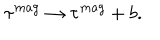
\tau ^ { m a g } \rightarrow \tau ^ { m a g } + b .